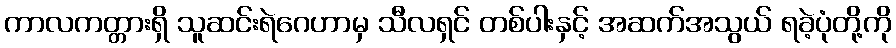
ကာလကတ္တားရှိ သူဆင်းရဲဂေဟာမှ သီလရှင် တစ်ပါးနှင့် အဆက်အသွယ် ရခဲ့ပုံတို့ကို